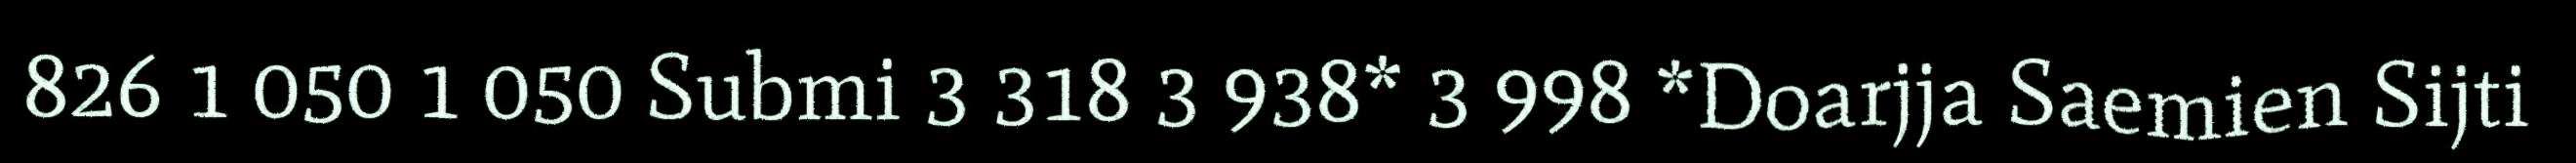
826 1 050 1 050 Submi 3 318 3 938* 3 998 *Doarjja Saemien Sijti